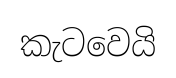
කැටවෙයි